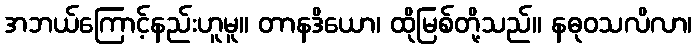
အဘယ်ကြောင့်နည်းဟူမူ။ တာနဒိယော၊ ထိုမြစ်တို့သည်။ နဓုဝသလိလာ၊